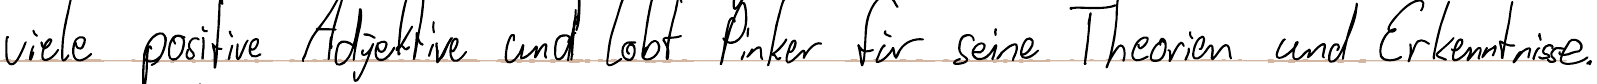
viele positive Adjektive und lobt Pinker für seine Theorien und Erkenntnisse.